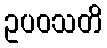
ဥပဝသတိ